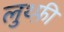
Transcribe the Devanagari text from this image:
लुथ्फ़ी